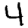
Digit: 4